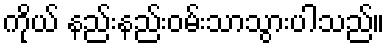
ကိုယ် နည်းနည်းဝမ်းသာသွားပါသည်။